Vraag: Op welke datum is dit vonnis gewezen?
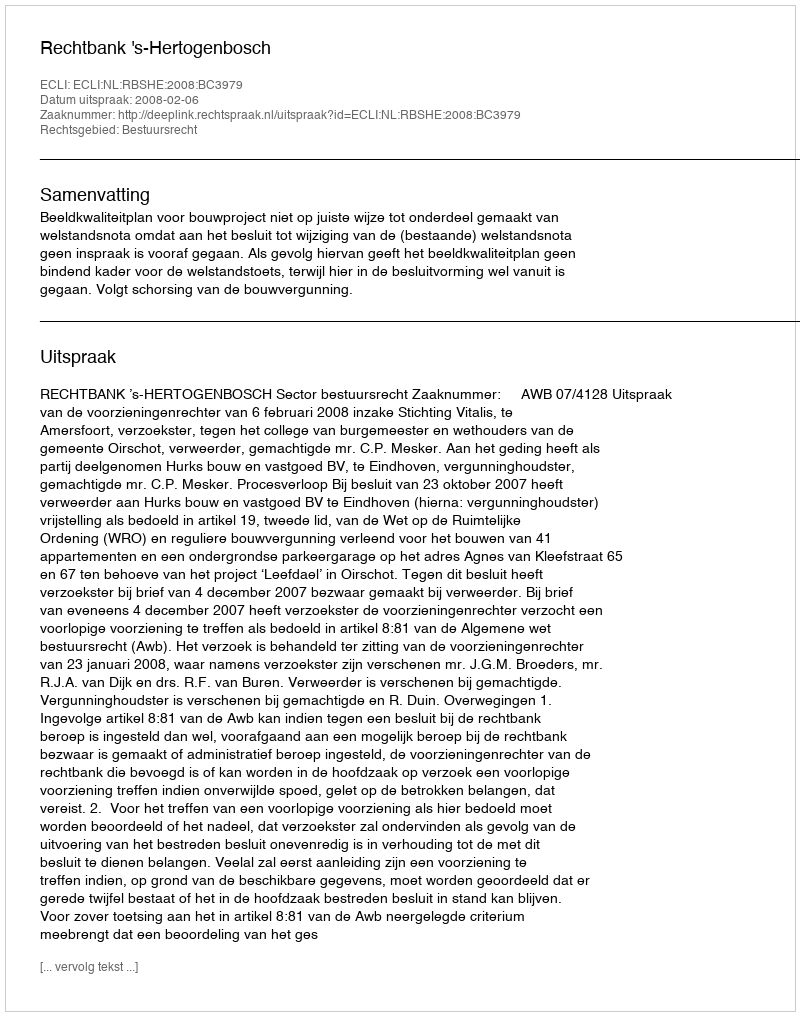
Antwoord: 2008-02-06